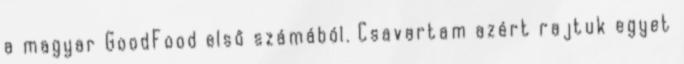
a magyar GoodFood első számából. Csavartam azért rajtuk egyet